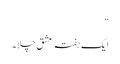
“
ایک ہفتہ عشق چلا ۔